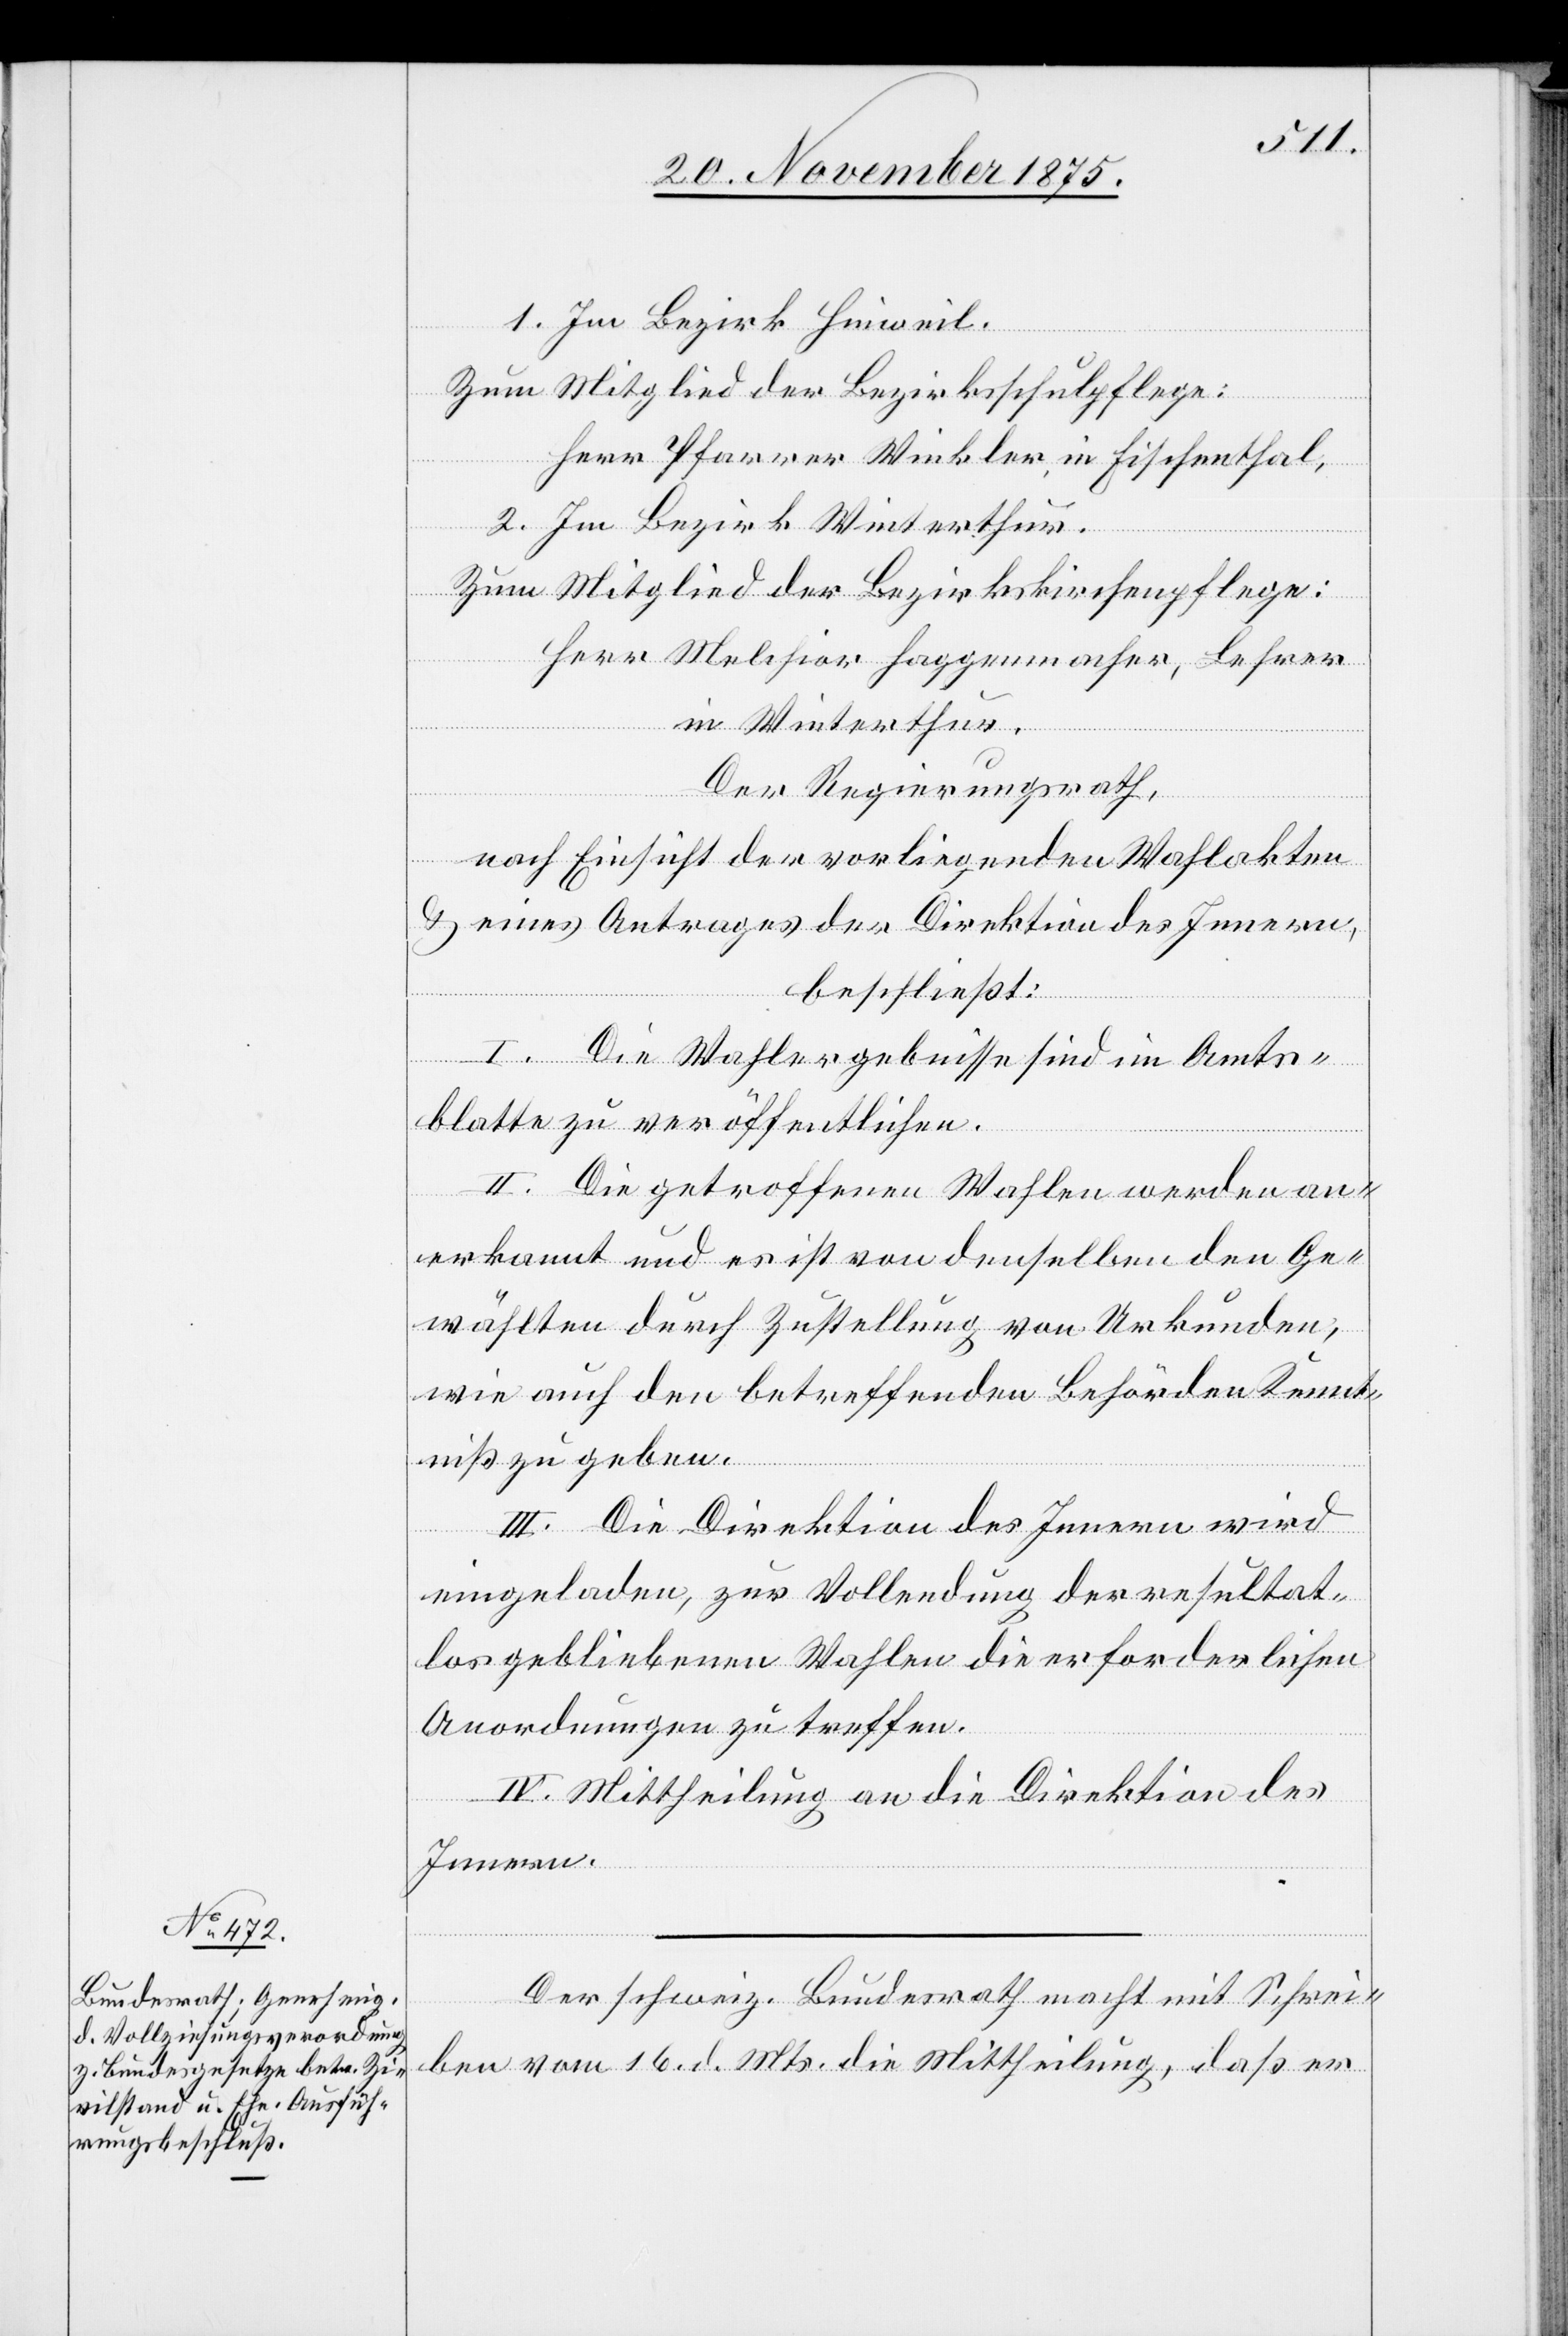
1. Im Bezirk Hinweil.
Zum Mitglied der Bezirksschulpflege:
Herr Pfarrer Winkler, in Fischenthal;
2. Im Bezirk Winterthur.
Herr Melchior Haggenmacher, Lehrer
in Winterthur.
Der Regierungsrath,
nach Einsicht der vorliegenden Wahlakten
& eines Antrages der Direktion des Innern,
beschließt:
I. Die Wahlergebnisse sind im Amts¬
blatt zu veröffentlichen.
II. Die getroffenen Wahlen werden an¬
erkannt und es ist von denselben den Ge¬
wählten durch Zustellung von Urkunden,
wie auch den betreffenden Behörden Kennt¬
niß zu geben.
III. Die Direktion des Innern wird
eingeladen, zur Vollendung der resultat¬
los gebliebenen Wahlen die erforderlichen
Anordnungen zu treffen.
IV. Mittheilung an die Direktion des
Innern.
Der schweiz. Bundesrath macht mit Schrei¬
ben vom 16. d. Mts. die Mittheilung, daß er